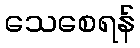
သေစေရန်